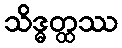
သိဒ္ဓတ္ထဿ